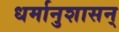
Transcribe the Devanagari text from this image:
धर्मानुशासन्